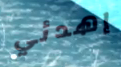
إهدئي